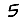
Digit: 5